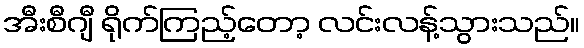
အီးစီဂျီ ရိုက်ကြည့်တော့ လင်းလန့်သွားသည်။